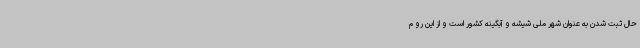
حال ثبت شدن به عنوان شهر ملی شیشه و آبگینه کشور است و از این رو م